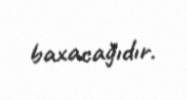
baxacağıdır.